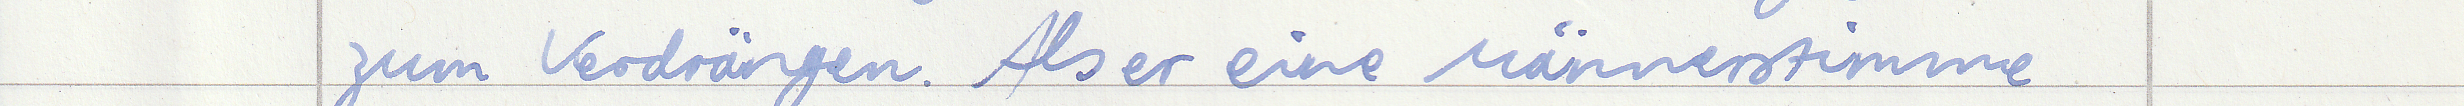
zum Verdrängen. Als er eine Männerstimme